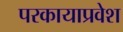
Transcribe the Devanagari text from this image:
परकायाप्रवेश